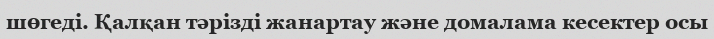
шөгеді. Қалқан тәрізді жанартау және домалама кесектер осы